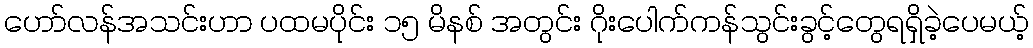
ဟော်လန်အသင်းဟာ ပထမပိုင်း ၁၅ မိနစ် အတွင်း ဂိုးပေါက်ကန်သွင်းခွင့်တွေရရှိခဲ့ပေမယ့်